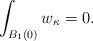
LaTeX: \begin{align*}\int_{B_1(0)}w_\kappa=0.\end{align*}